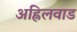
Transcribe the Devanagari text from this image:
अह्निलवाड